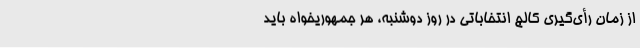
از زمان رأی‌گیری کالج انتخاباتی در روز دوشنبه، هر جمهوریخواه باید